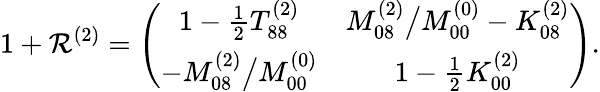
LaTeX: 1+\mathcal{R}^{(2)}=\left(\begin{array}{cc}{{1-\frac{1}{2}T_{88}^{(2)}}}&{{M_{08}^{(2)}\big/M_{00}^{(0)}-K_{08}^{(2)}}}\\ {{-M_{08}^{(2)}\big/M_{00}^{(0)}}}&{{1-\frac{1}{2}K_{00}^{(2)}}}\end{array}\right).